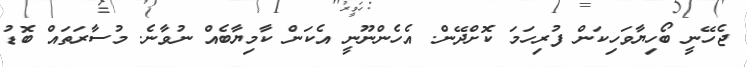
ޖެހޭނީ ބޯހިޔާވަހިކަން ފުރިހަމަ ކޮށްދޭން. އެހެންނޫނީ އެކަން ކާމިޔާބެއް ނުވާނެ. މުސާރަތައް ބޮޑު